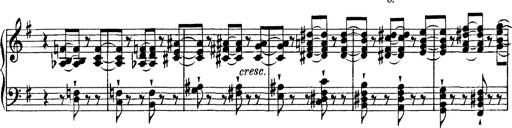
Title: Tarantelle di bravura dâ€™aprÃ¨s la tarantelle de La muette de Portici
Composer: Franz Liszt